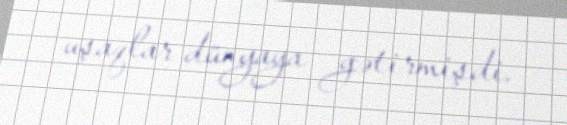
uşaqlar dünyaya gətirmişdi.